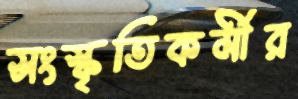
সংস্কৃতিকর্মীর